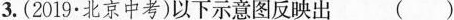
3.(2019·北京中考)以下示意图反映出 ()